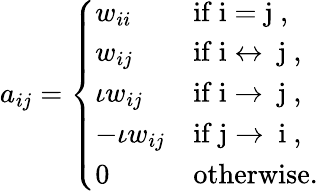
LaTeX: a_{ij}=\left\{ \begin{array}{ll}{w_{ii}}&{\mathrm{if~i=j~},}\\ {w_{ij}}&{\mathrm{if~i\leftrightarrow~j~},}\\ {\iota w_{ij}}&{\mathrm{if~i\rightarrow~j~},}\\ {-\iota w_{ij}}&{\mathrm{if~j\rightarrow~i~},}\\ {0}&{\mathrm{otherwise}.}\end{array}\right.